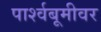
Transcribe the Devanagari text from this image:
पार्श्वबूमीवर